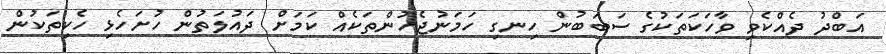
އަބްދު ދެއްކެވި ވާހަކަތަކުގެ ސަބަބުން ހިނގި ހަމަނުޖެހުންތަކެއް ކަމަށް ދައުލަތުން ހުށަހެޅި ހެކިތަކުން